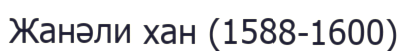
Жанәли хан (1588-1600)